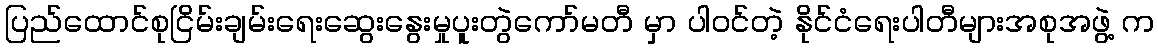
ပြည်ထောင်စုငြိမ်းချမ်းရေးဆွေးနွေးမှုပူးတွဲကော်မတီ မှာ ပါဝင်တဲ့ နိုင်ငံရေးပါတီများအစုအဖွဲ့ က